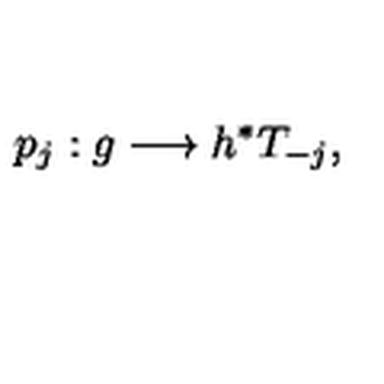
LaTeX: p _ { j } : g \longrightarrow h ^ { * } T _ { - j } ,